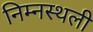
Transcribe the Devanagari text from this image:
निम्नस्थली